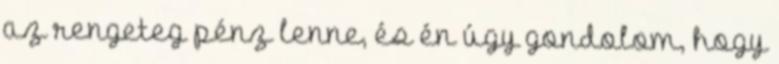
az rengeteg pénz lenne, és én úgy gondolom, hogy